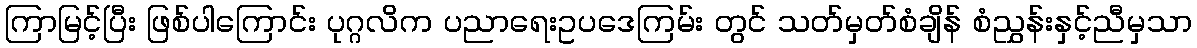
ကြာမြင့်ပြီး ဖြစ်ပါကြောင်း ပုဂ္ဂလိက ပညာရေးဥပဒေကြမ်း တွင် သတ်မှတ်စံချိန် စံညွှန်းနှင့်ညီမှသာ